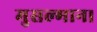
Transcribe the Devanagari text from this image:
मुसल्मान।